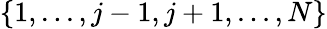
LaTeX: \{ 1,...,j-1,j+1,...,N\}